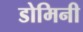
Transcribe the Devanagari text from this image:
डोमिनी